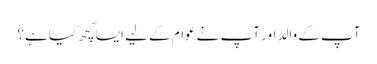
آپ کے والد اور آپ نے عوام کے لیے ایسا کچھ کیا ہے؟